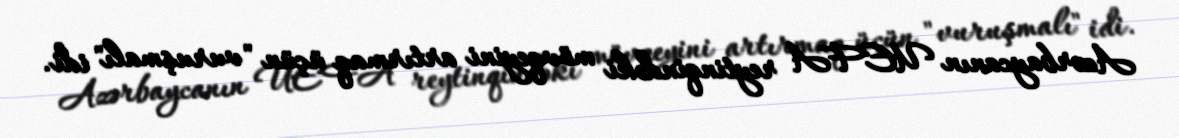
Azərbaycanın UEFA reytinqindəki mövqeyini artırmaq üçün "vuruşmalı" idi.